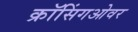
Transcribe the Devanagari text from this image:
क्रॉसिंगओवर